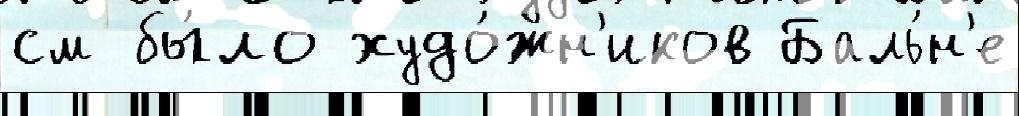
см бы́ло худо́жн'иков Баль́н'е